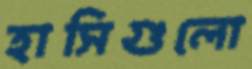
হাসিগুলো